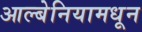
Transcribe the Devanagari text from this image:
आल्बेनियामधून